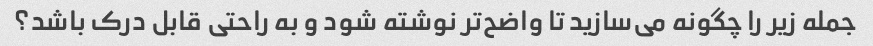
جمله زیر را چگونه می‌سازید تا واضح‌تر نوشته شود و به راحتی قابل درک باشد؟